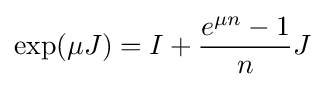
\exp(\mu J)=I+{\frac {e^{\mu n}-1}{n}}J